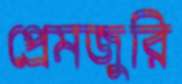
প্রেমজুরি